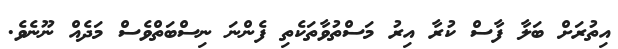
އިތުރަށް ބަލާ ފާސް ކުރާ އިރު މަސްތުވާތަކެތި ފެންނަ ނިސްބަތްވެސް މަދެއް ނޫނެވެ.